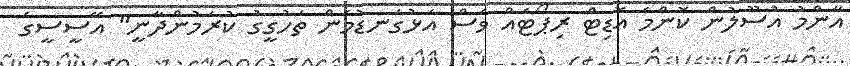
އާންމު އުސޫލުން ކޮންމެ އޮޑިޓް ރިޕޯޓެއް ވެސް އަޅުގަނޑުމެން ތަހުގީގު ކުރަމުންދާނީ" އޭސީސީގެ